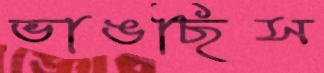
ভাঙছিস